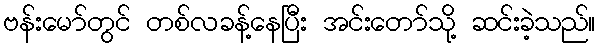
ဗန်းမော်တွင် တစ်လခန့်နေပြီး အင်းတော်သို့ ဆင်းခဲ့သည်။